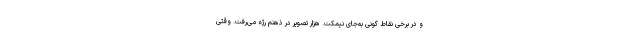
و در برخی نقاط گونی به‌جای نیمکت. هزار تصویر در ذهنم رژه می‌رفت. وقتی